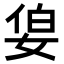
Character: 𪥷